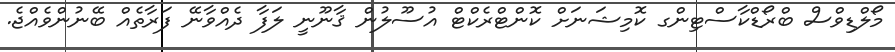
މޯލްޑިވްސް ބްރޯޑްކާސްޓިންގ ކޮމިޝަނަށް ކޮންޓްރެކްޓް އުސޫލުން ޤާނޫނީ ލަފާ ދެއްވާނޭ ފަރާތެއް ބޭނުންވެއްޖެ.